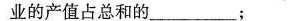
业的产值占总和的_________；